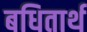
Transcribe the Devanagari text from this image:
बधितार्थ